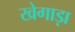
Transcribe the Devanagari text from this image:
खेगाड़ा